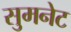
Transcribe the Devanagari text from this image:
सुमनेट